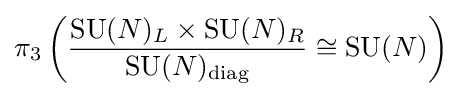
\pi _{3}\left({\frac {\operatorname {SU} (N)_{L}\times \operatorname {SU} (N)_{R}}{\operatorname {SU} (N)_{\text{diag}}}}\cong \operatorname {SU} (N)\right)